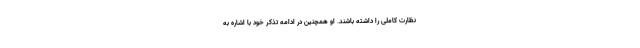
نظارت کاملی را داشته باشند. او همچنین در ادامه تذکر خود با اشاره به